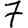
Digit: 7